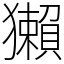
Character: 獺